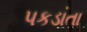
પકડાતા